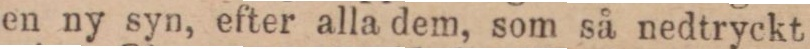
en ny syn, efter alla dem som så nedtryckt